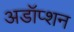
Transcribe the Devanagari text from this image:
अडॉप्शन